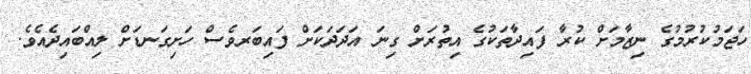
ހަޖަމުކުރުމުގެ ނިޒާމަށް ކުރާ ފައިދާތަކުގެ އިތުރަށް ގިނަ އަދަދަކަށް ފައިބަރވެސް ހަށިގަނޑަށް ލިއްބައިދެއެވެ.